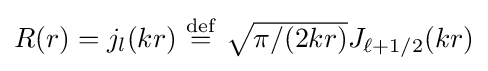
{\textstyle R(r)=j_{l}(kr)\ {\stackrel {\mathrm {def} }{=}}\ {\sqrt {\pi /(2kr)}}J_{\ell +1/2}(kr)}